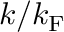
k / k _ { \mathrm { F } }